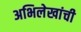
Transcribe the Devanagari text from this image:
अभिलेखांची